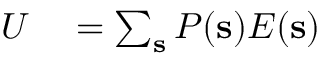
\begin{array} { r l } { U } & { { } = \sum _ { \mathbf { s } } P ( \mathbf { s } ) E ( \mathbf { s } ) } \end{array}